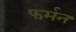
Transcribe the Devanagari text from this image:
फर्मन